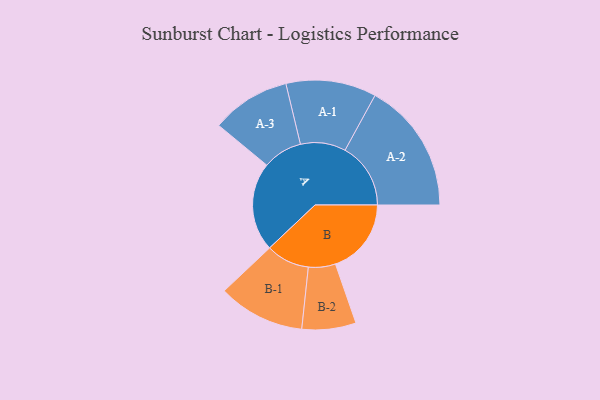
{"axis": {"x": "Segment", "y": "Value"}, "legend": ["", "A", "B"], "data": [{"x": "A", "y": 391, "type": ""}, {"x": "B", "y": 334, "type": ""}, {"x": "A-1", "y": 199, "type": "A"}, {"x": "A-2", "y": 289, "type": "A"}, {"x": "A-3", "y": 174, "type": "A"}, {"x": "B-1", "y": 191, "type": "B"}, {"x": "B-2", "y": 119, "type": "B"}]}